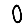
Digit: 0